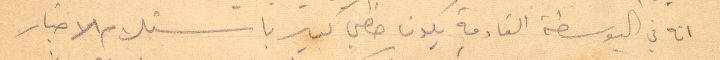
انه في البوسطة القادمة بكون خظي كبير باستلام الاخبار